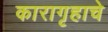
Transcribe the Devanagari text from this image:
कारागृहाचे